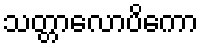
သတ္တာလောပိကော